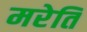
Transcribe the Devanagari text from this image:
मरेति